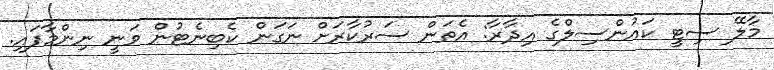
މާލޭ ސިޓީ ކައުންސިލްގެ އިދާރާ: އެތަން ސަރުކާރަށް ނަގަން ކެބިނެޓުން ވަނީ ނިންމާފައި.